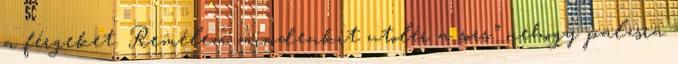
a férgeket. Remélem mindenkit utolér a sors.” nehogy palzsra